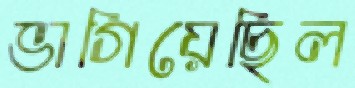
ভাগিয়েছিল